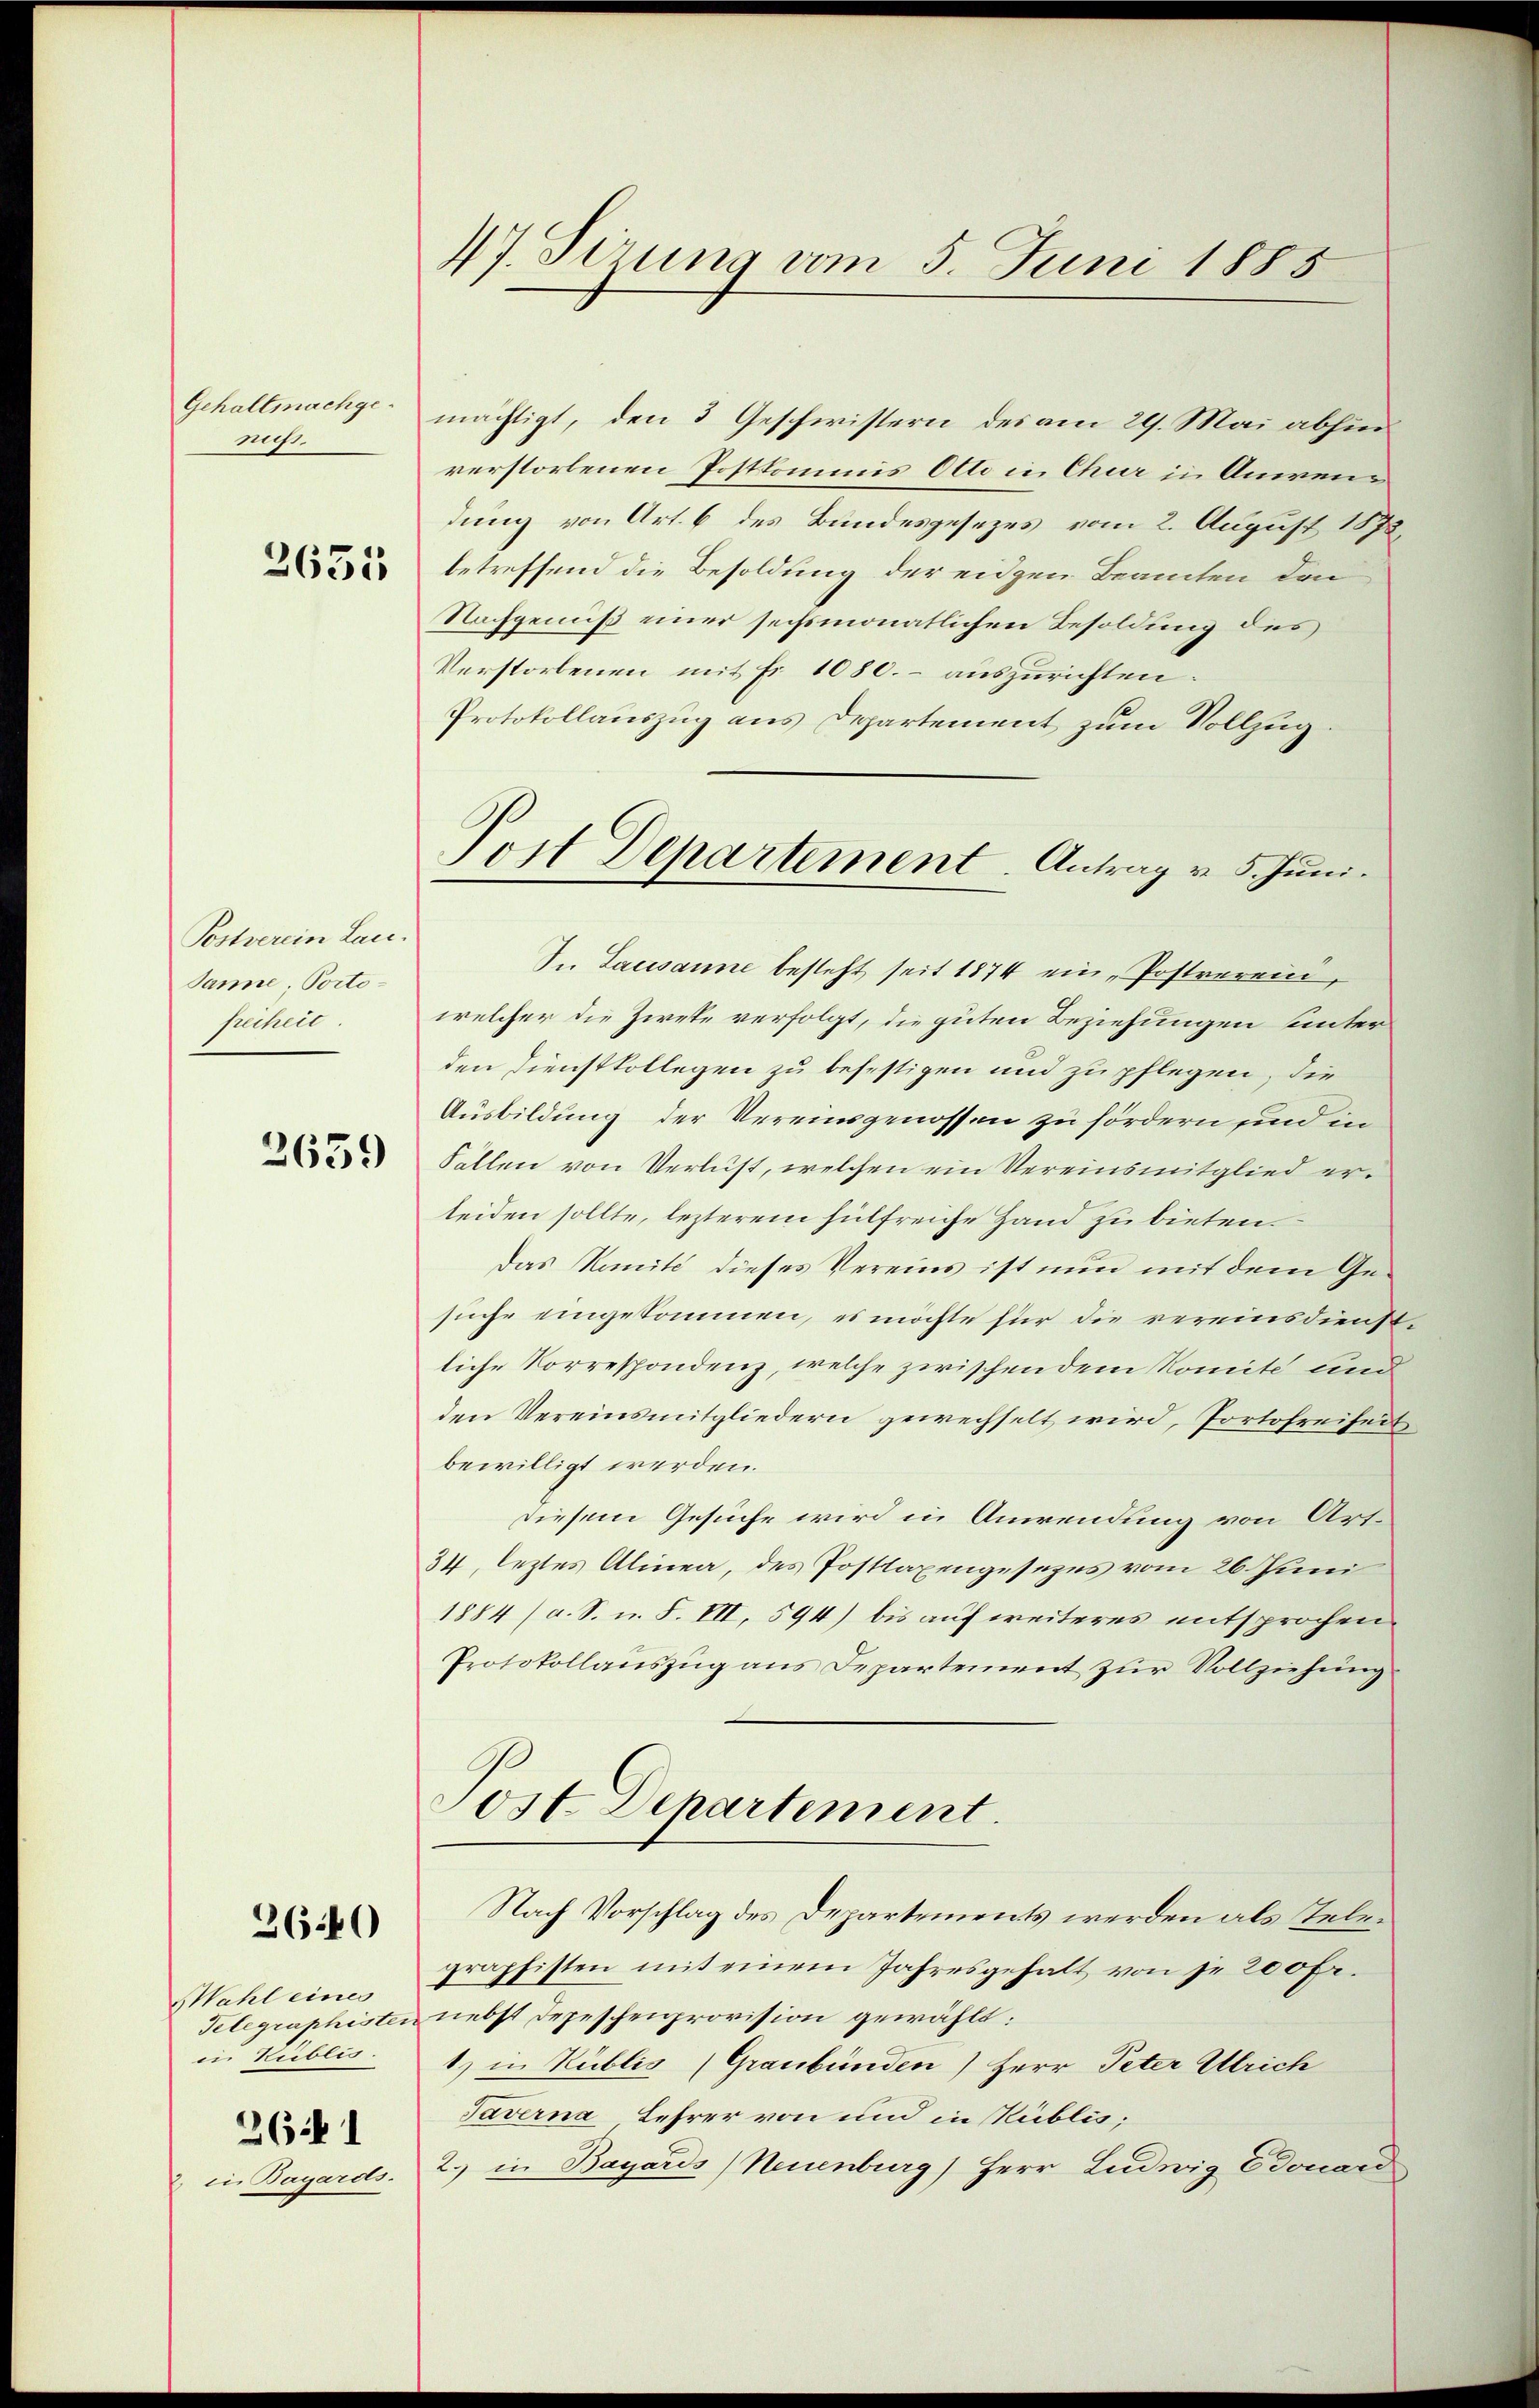
Gehaltnachgenicht.

2635

Postverein Lau¬
Sanne, Portofreiheit.

2639

3640

Wahl eines
Telegraphister.
in Kublis.
261
2 in Bagårds.

77. Sirung vom 5. Juni 1885

mächtigt, den 3 Geschwistern des am 29. Mai abhin
verstorbenen Postkommis Otto in Chur in Anwendung von Art. 6 des Bundesgesezes vom 2. August 1878.
betreffend die Besoldung der eidgen Beamten den
Nachgenuß einer sechsmonatlichen Besoldung des
Verstorbenen mit Fr. 1080.- auszurichten:
Protokollauszug aus Departement zum Vollzug.
In Lausanne besteht seit 1874 ein „Postverein,
welcher die Zieke verfolgt, die guten Beziehungen unterden Dienstkollegen zu befestigen und zu pflegen, die
Ausbildung der Vereinsgenossen zu fördern und in
Fällen von Verlust, welchen ein Vereinsmitglied erleiden sollte, lezterem hülfreiche Hand zu bieten.
Das Komité dieses Vereins ist nun mit dem Gesuche eingekommen, es möchte für die vereinsdienst
liche Korrespondenz, welche zwischen dem Komite und
den Vereinsmitgliedern gewechselt wird, Portofreiheit
bewilligt werden.
diesem Gesuche wird in Anwendung von Art.
34, leztes Alinea, des Posttaxengesezes vom 26. Juni
1884) a. S. u. F. VII, 594) bis auf weiteres entsprochen
Protokollauszug aus Departement zur Vollziehung
Post Departement.
Nach Vorschlag des Departements werden als Telegraphisten mit einem Jahresgehalt von je 200 Fr.
nebst Depeschenprovision gewählt:
1) in Kublis (Graubünden) Herr Peter Ulrich
Taverna Lehrer von und in Küblis;
2. in Bayards (Neuenburg) Herr Ludwig Edouard

Post Departement. Antrag v. 5. Juni.